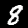
Label: 8